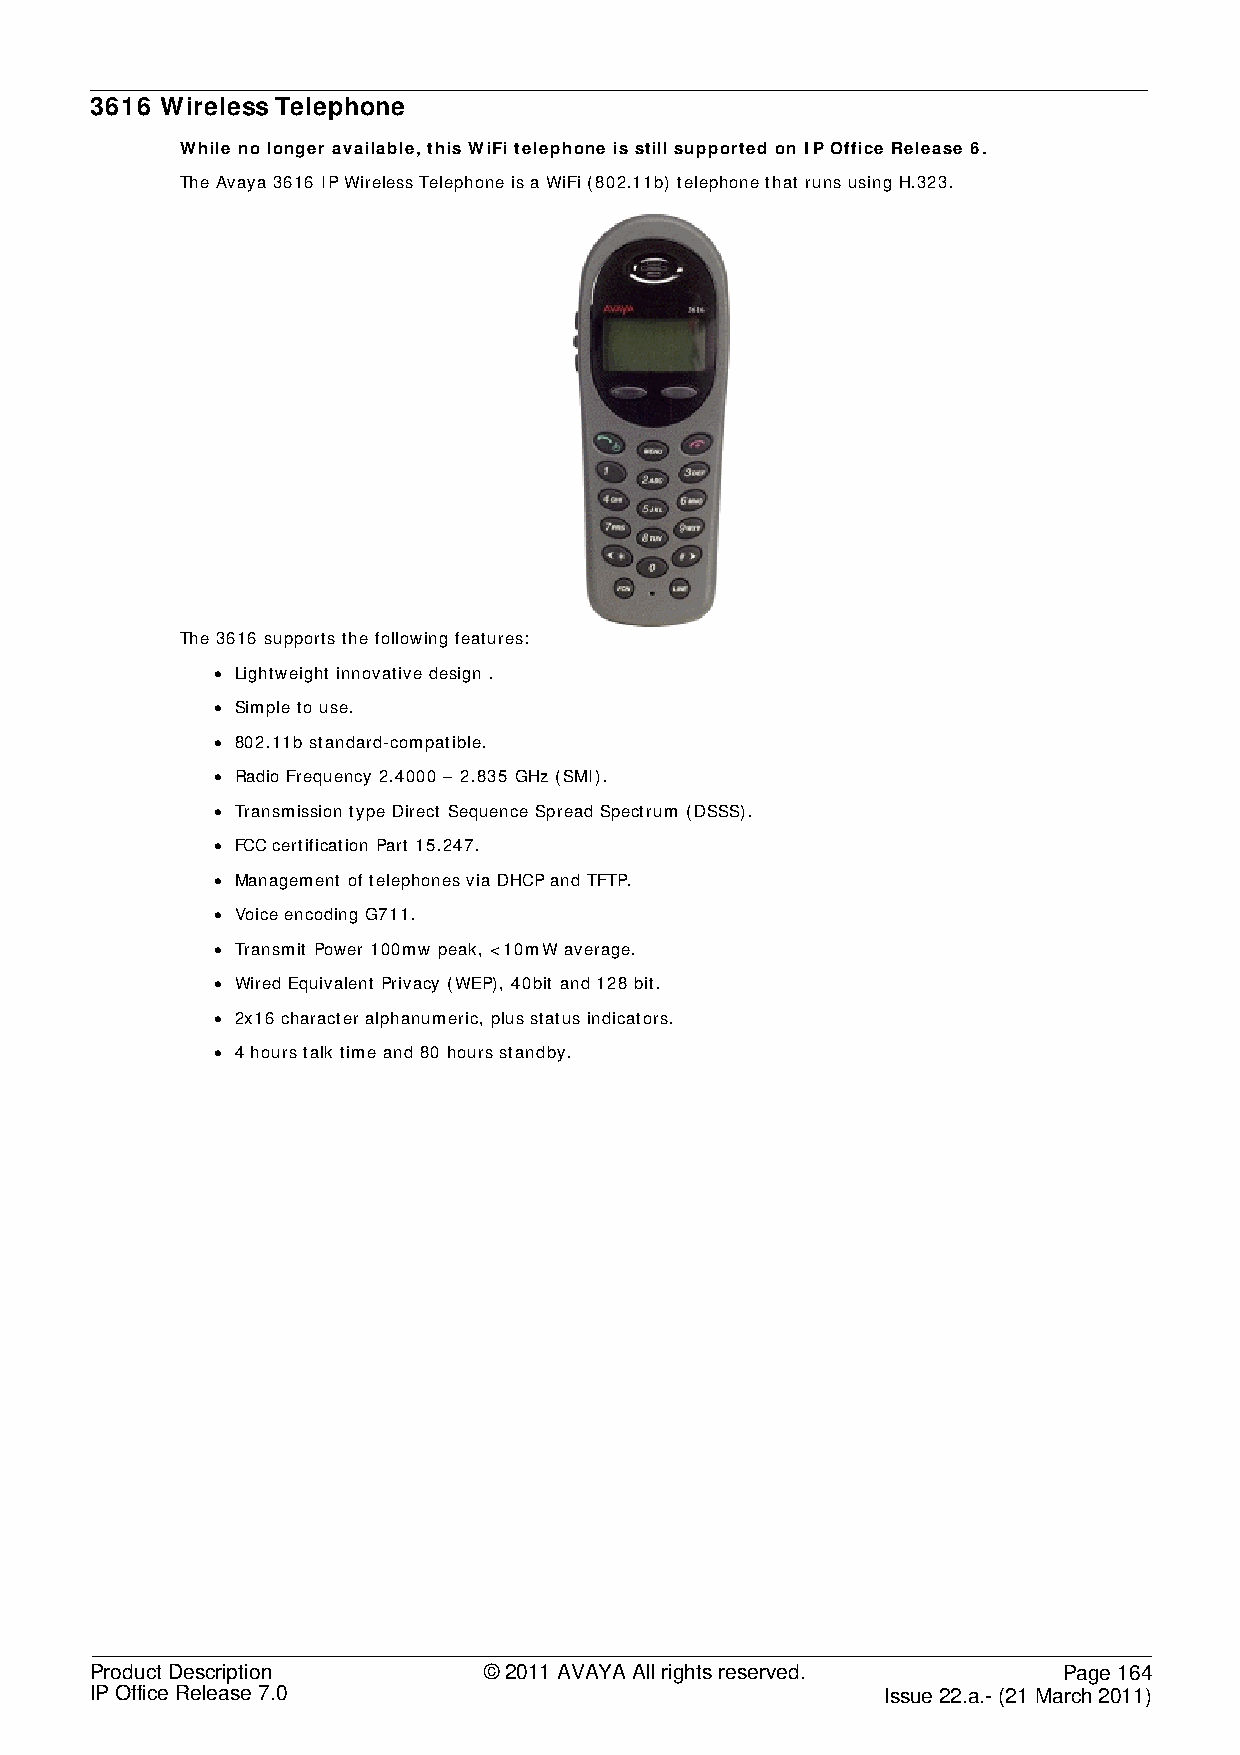
3616 Wireless Telephone
 While no longer available, this WiFi telephone is still supported on IP Office Release 6.
 The Avaya 3616 IP Wireless Telephone is a WiFi (802.11b) telephone that runs using H.323.
 The 3616 supports the following features:
 • Lightweight innovative design .
 • Simple to use.
 • 802.11b standard-compatible.
 • Radio Frequency 2.4000 – 2.835 GHz (SMI).
 • Transmission type Direct Sequence Spread Spectrum (DSSS).
 • FCC certification Part 15.247.
 • Management of telephones via DHCP and TFTP.
 • Voice encoding G711.
 • Transmit Power 100mw peak, <10mW average.
 • Wired Equivalent Privacy (WEP), 40bit and 128 bit.
 • 2x16 character alphanumeric, plus status indicators.
 • 4 hours talk time and 80 hours standby.
 Product Description       © 2011 AVAYA All rights reserved.     Page 164
 IP Office Release 7.0                                Issue 22.a.- (21 March 2011)